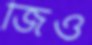
জিঁও